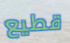
قطيع